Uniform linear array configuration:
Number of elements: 4
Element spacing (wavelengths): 1
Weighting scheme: hann
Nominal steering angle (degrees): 30
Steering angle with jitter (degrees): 29.968
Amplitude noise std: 0.05
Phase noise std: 0.05

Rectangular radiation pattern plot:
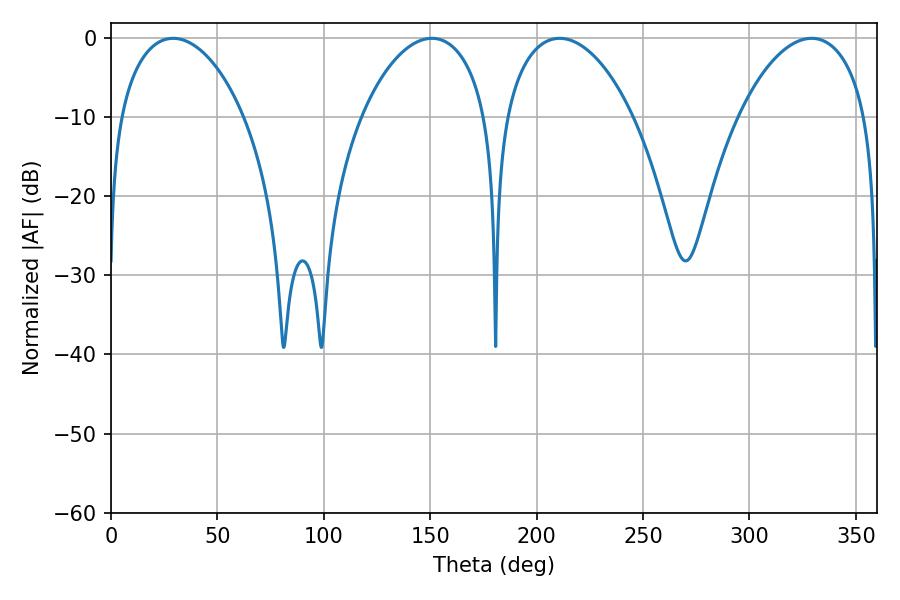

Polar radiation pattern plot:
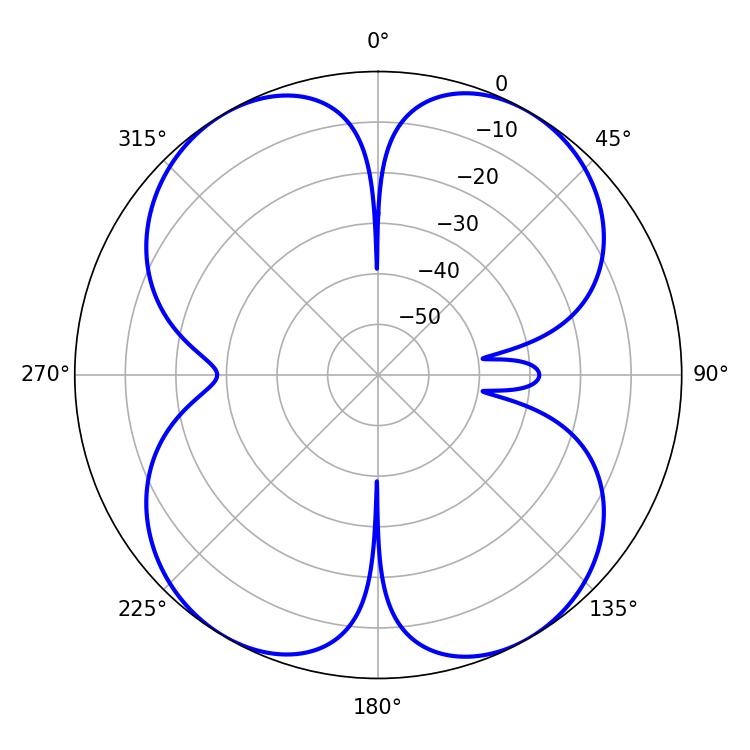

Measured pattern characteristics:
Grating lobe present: TRUE
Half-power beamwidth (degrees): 34.2
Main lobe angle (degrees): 210.78